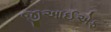
જીઆઈએફ